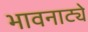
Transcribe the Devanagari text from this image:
भावनाट्ये